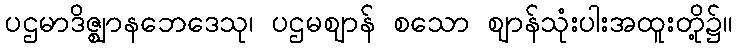
ပဌမာဒိဇ္ဈာနဘေဒေသု၊ ပဌမဈာန် စသော ဈာန်သုံးပါးအထူးတို့၌။